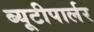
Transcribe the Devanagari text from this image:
ब्यूटीपार्लर